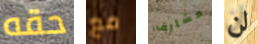
حقه مع مشارف لن